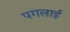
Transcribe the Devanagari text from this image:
पगलाई